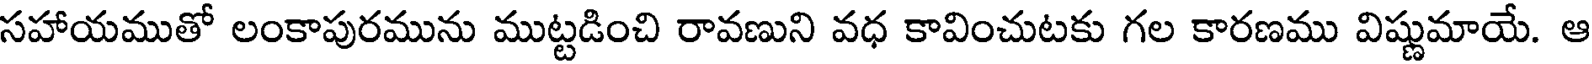
సహాయముతో లంకాపురమును ముట్టడించి రావణుని వధ కావించుటకు గల కారణము విష్ణుమాయే. ఆ